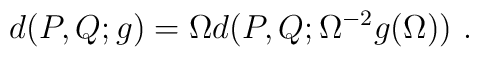
d(P,Q; g) = \Omega d(P,Q; \Omega^{-2} g(\Omega))~.